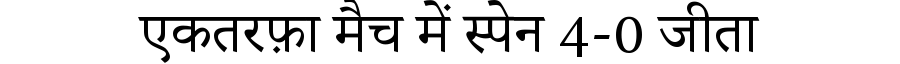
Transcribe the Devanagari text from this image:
एकतरफ़ा मैच में स्पेन 4-0 जीता